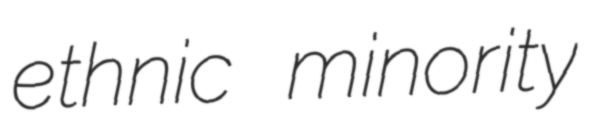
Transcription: ethnic minority